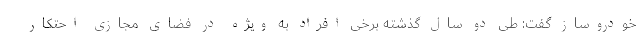
خودروساز گفت: طی دو سال گذشته برخی افراد به ویژه در فضای مجازی احتکار